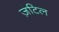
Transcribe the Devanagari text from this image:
ज़टिल